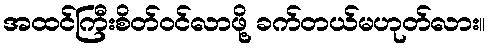
အထင်ကြီးစိတ်ဝင်လာဖို့ ခက်တယ်မဟုတ်လား။